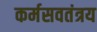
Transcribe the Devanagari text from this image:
कर्मसवतंत्रय